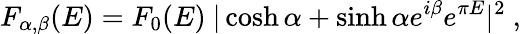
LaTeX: F_{\alpha,\beta}(E)=F_{0}(E)~|\cosh\alpha+\sinh\alpha e^{i\beta}e^{\pi E}|^{2}~,